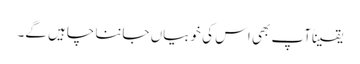
یقیناًآپ بھی اس کی خوبیاں جاننا چاہیں گے۔